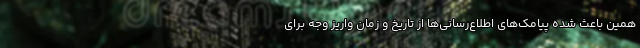
همین باعث شده پیامک‌های اطلاع‌رسانی‌ها از تاریخ و زمان واریز وجه برای